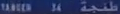
Transcribed